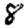
Digit: 8